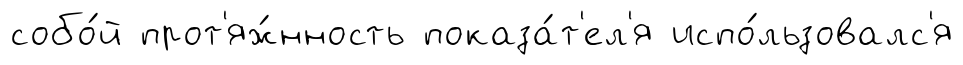
собо́й прот'яж́нность показа́т'ел'я испо́льзовалс'я